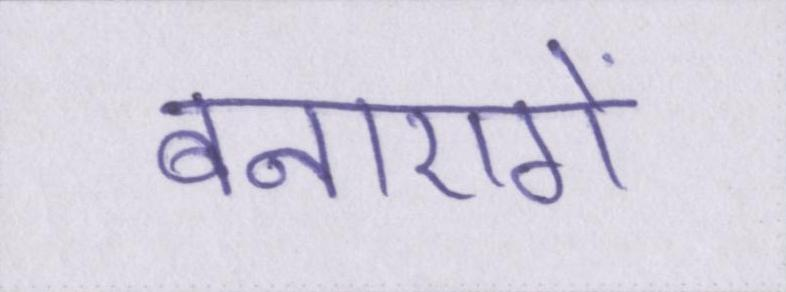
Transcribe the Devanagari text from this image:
बनाएगें